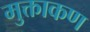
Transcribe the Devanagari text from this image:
मुक्ताकण